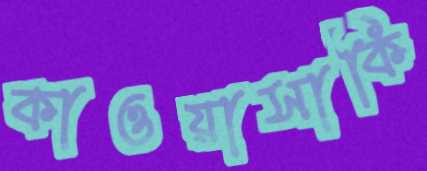
কাওয়াসাকি